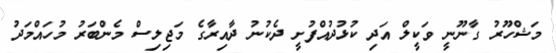
މަޝްހޫރު ގާނޫނީ ވަކީލް އަދި ކުޅުދުއްފުށީ ދެކުނު ދާއިރާގެ މަޖިލިސް މެންބަރު މުހައްމަދު